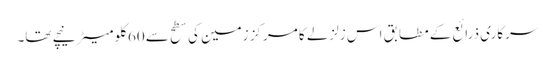
سرکاری ذرائع کے مطابق اس زلزلے کا مرکز زمین کی سطح سے 60کلو میٹر نیچے تھا۔